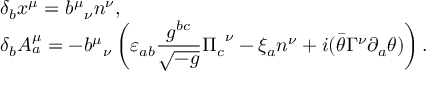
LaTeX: \begin{array} { l } { { \delta _ { b } x ^ { \mu } = { b ^ { \mu } } _ { \nu } n ^ { \nu } , } } \\ { { \delta _ { b } A _ { a } ^ { \mu } = - { b ^ { \mu } } _ { \nu } \displaystyle \left( \varepsilon _ { a b } \frac { g ^ { b c } } { \sqrt { - g } } { \Pi _ { c } } ^ { \nu } - \xi _ { a } n ^ { \nu } + i ( \bar { \theta } \Gamma ^ { \nu } \partial _ { a } \theta ) \right) . } } \end{array}